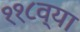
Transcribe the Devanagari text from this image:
११८व्या